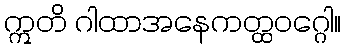
ဣတိ ဂါထာအနေကတ္ထဝဂ္ဂေါ။